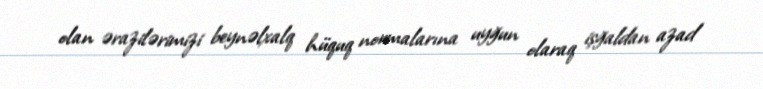
olan ərazilərimizi beynəlxalq hüquq normalarına uyğun olaraq işğaldan azad